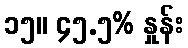
၁၅။ ၄၅.၅% နှုန်း